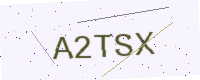
Text: A2TSX